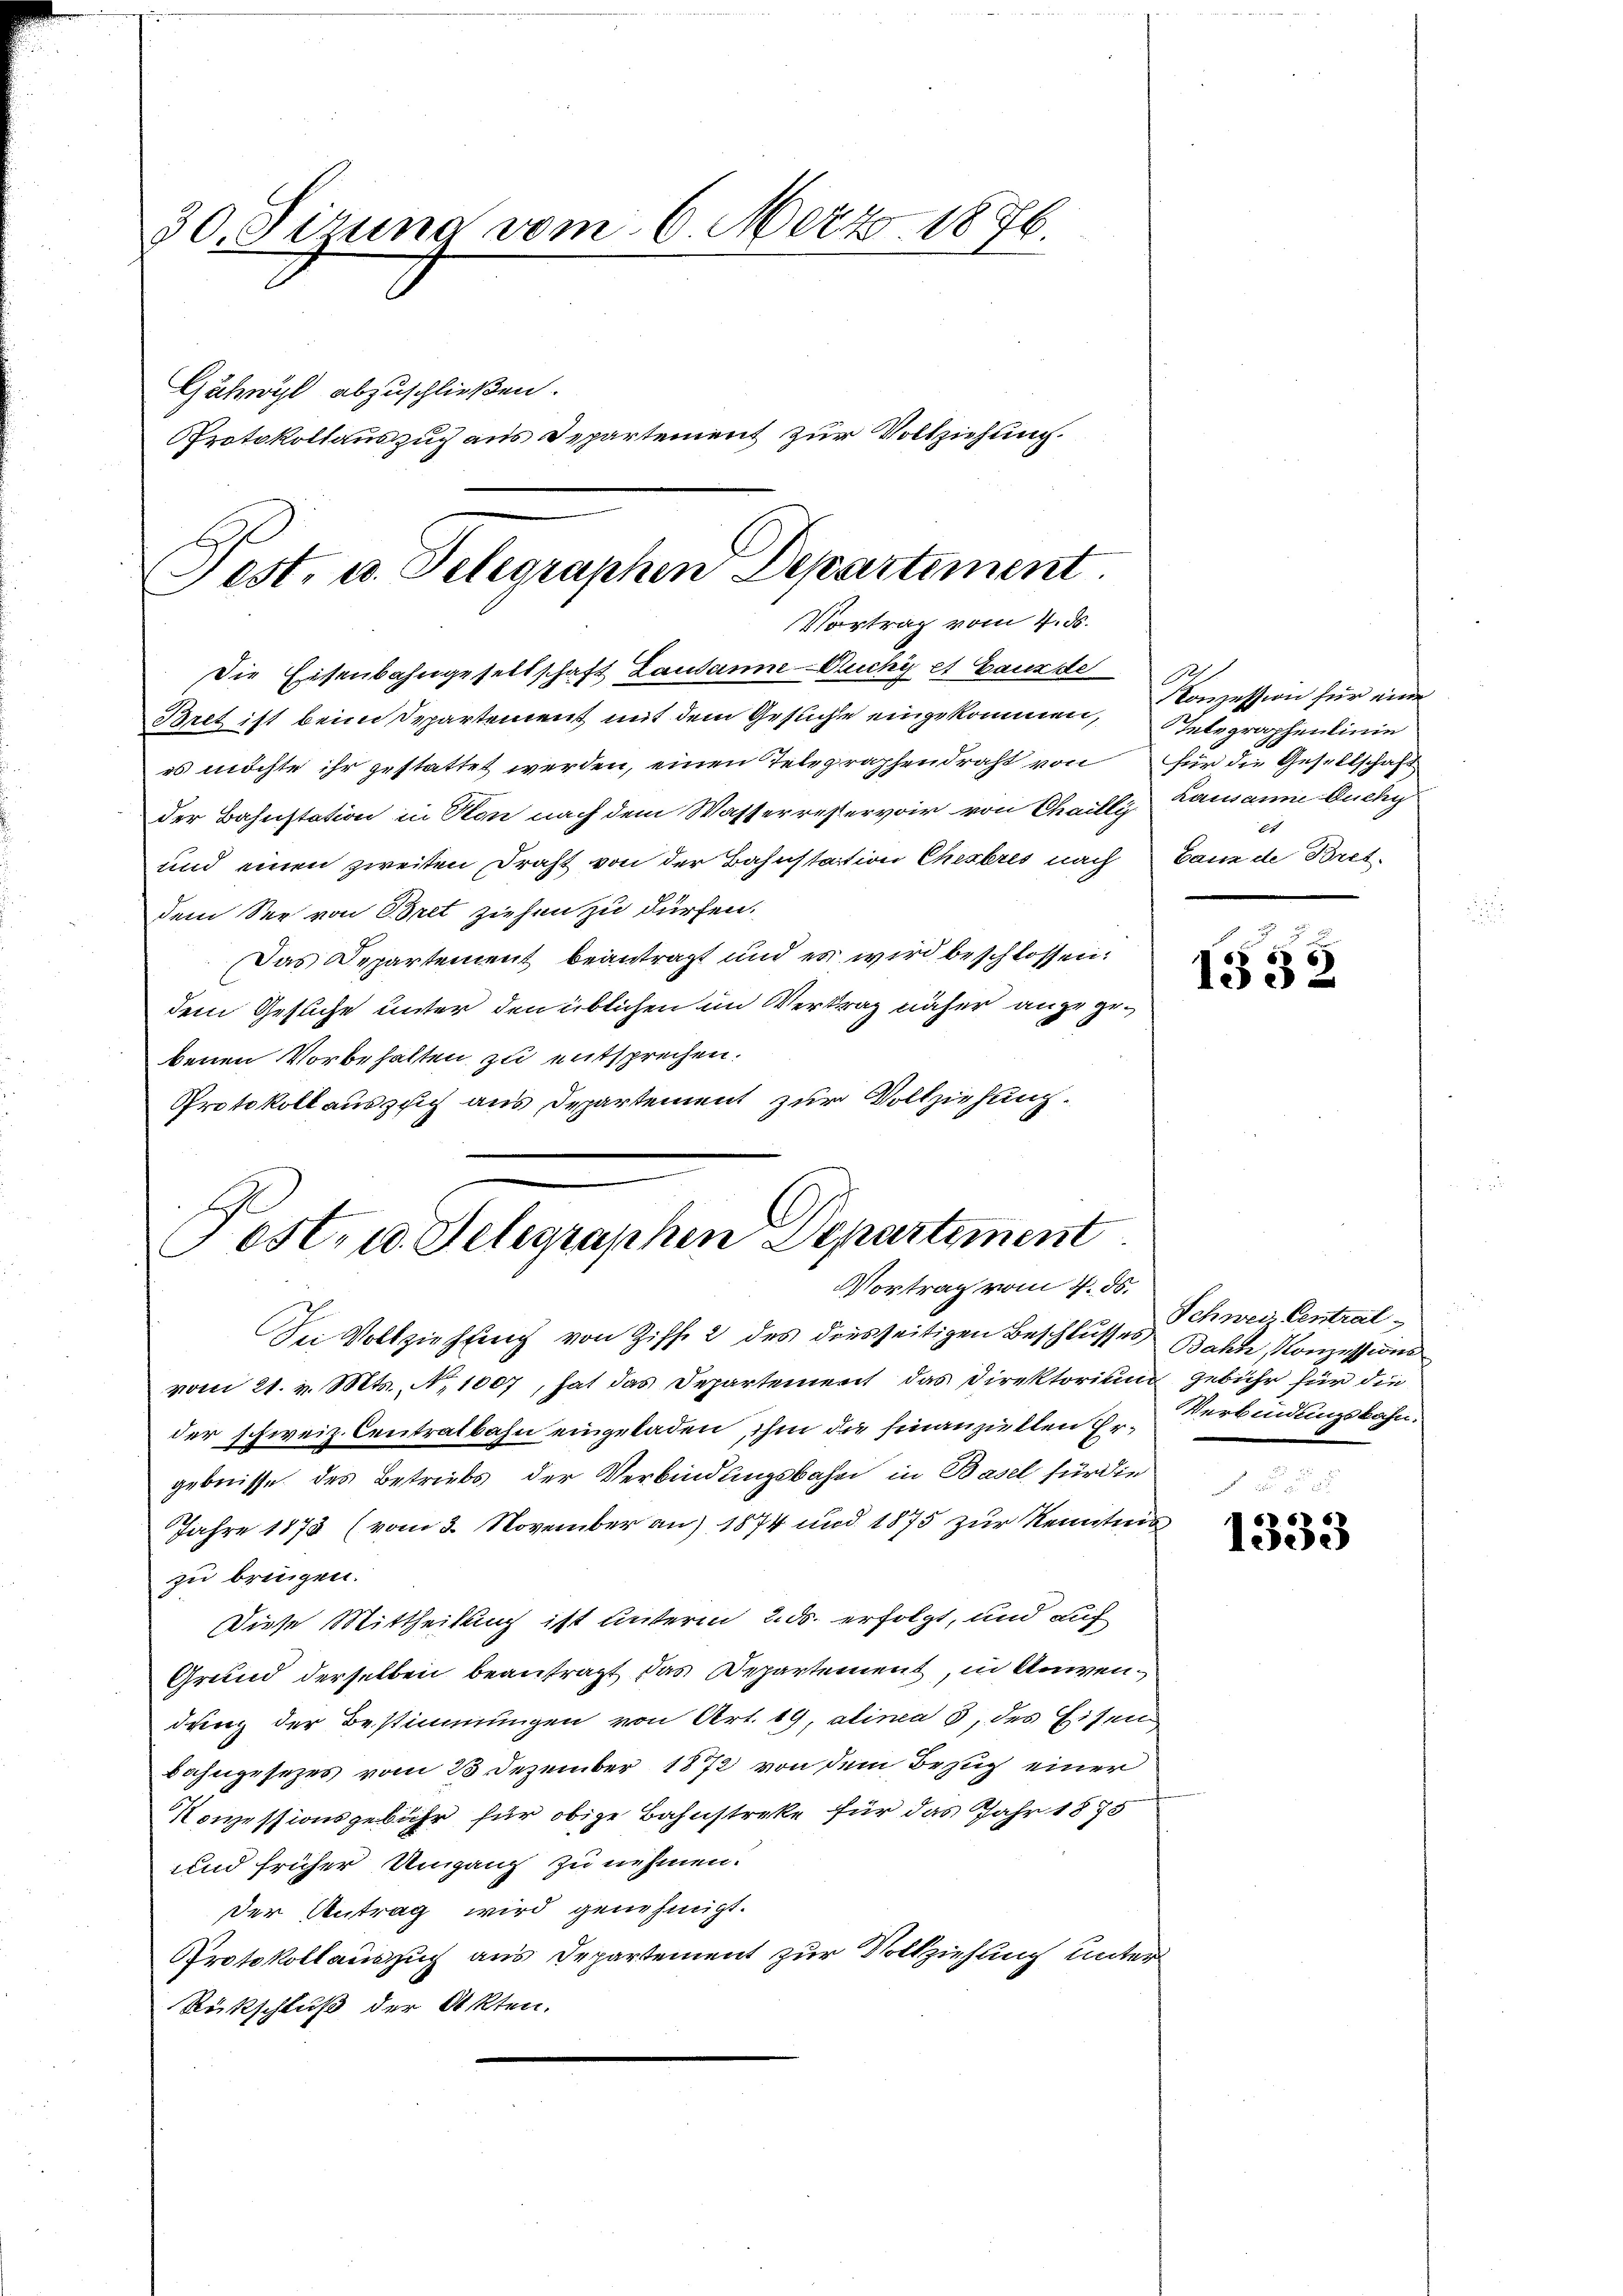
30. Sizung vom 6. März 1876.

Gähwyl abzuschließen.

Protokollauszug aus Departement zur Vollziehung.

Post. u. Telegraphen Departement
Vortrag vom 4. ds.

Die Eisenbahngesellschaft Laudamne-Puchy et Ganz de
Bret ist beim Departement mit dem Gesuche eingekommen, Telegraphenlinie
es möchte ihr gestattet werden, einen Telegraphendraht von für die Gesellschaft
der Bahnstation in Son nach dem Wasserrestervoir von Chailli
und einen zweiten Draht von der Bahnstation Cherbres nach
dem See von Bret ziehen zu dürfen.
Das Departement beantragt und es wird beschlossen:
dem Gesuche unter den üblichen im Vertrag näher angegebenen Vorbehalten zu entsprechen.
Protokoll auszuch aus Departement zur Vollziehung.

Fest, u. Telegraphen Departement
Vortrag vom 4. ds.

Sei Vollziehung von Ziff. 2 des diesseitigen Beschlusses Bahn Konzessions
vom 21. v. Mts. No 1007, hat das Departement das Direktorium gebühr für die
der schweiz. Centralbahn eingeladen, ihm die hinanziellen Hr. Verbindungskahn.
gebnisse des Betriebs der Verbindungsbahn in Basel für die
Jahre 1873 (vom 3. November an) 1874 und 1875 zur Kenntens
zu bringen.
Diese Mittheilung ist unterm 2. ds. erfolgt, und auf
Grund derselben beantragt das Departement, in Anwen
dung der Bestimmungen von Art. 19, alinea 3, des Eisen
bahngesezes vom 23 Dezember 1872 von dem Bezug einer
Nowessionsgebühr für obige Bahnstreke für das Jahr 1875
und früher Umgang zu nehmen.
der Antrag wird genehmigt.
Protokollauszug aus Departement zur Vollziehung unter
Rückschluß der Akten.

Konzession für eine
Lausanne Duchy
be
Bann de Bret.

1552

Schweiz Central

1333